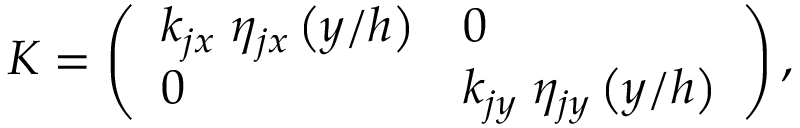
\begin{array} { r } { \boldsymbol { K } = \left( \begin{array} { l l } { k _ { j x } \; \eta _ { j x } \left( { y } / { h } \right) } & { 0 } \\ { 0 } & { k _ { j y } \; \eta _ { j y } \left( { y } / { h } \right) } \end{array} \right) , } \end{array}